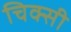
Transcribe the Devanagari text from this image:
चिक्सी